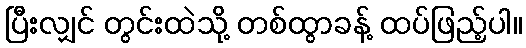
ပြီးလျှင် တွင်းထဲသို့ တစ်ထွာခန့် ထပ်ဖြည့်ပါ။